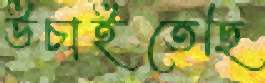
উচাইতেছি